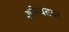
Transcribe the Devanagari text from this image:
शरियतवर